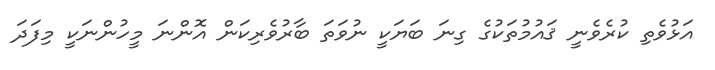
އަޅުވެތި ކުރެވެނީ ޤައުމުތަކުގެ ގިނަ ބަޔަކީ ނުވަތަ ބާރުވެރިކަން އޮންނަ މީހުންނަކީ މިފަދަ